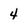
Character: 4